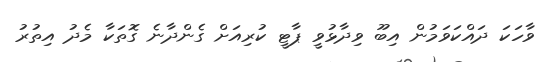
ވާހަކަ ދައްކަވަމުން އިބޫ ވިދާޅުވީ ޕާޓީ ކުރިއަށް ގެންދާނެ ގޮތަކާ މެދު އިތުރު